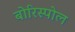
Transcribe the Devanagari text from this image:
बोरिस्पोल